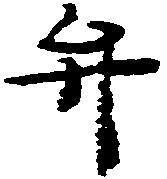
弁